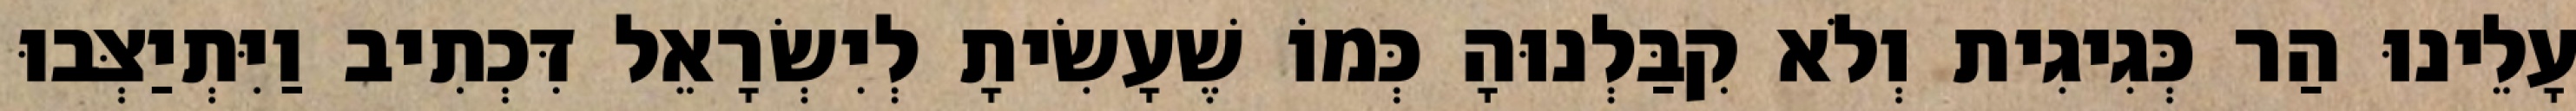
עָלֵינוּ הַר כְּגִיגִית וְלֹא קִבַּלְנוּהָ כְּמוֹ שֶׁעָשִׂיתָ לְיִשְׂרָאֵל דִּכְתִיב וַיִּתְיַצְּבוּ